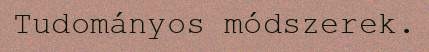
Tudományos módszerek.